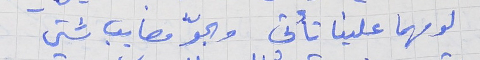
لو مهما علينا تأتي      والجوّ مصايب شتى